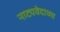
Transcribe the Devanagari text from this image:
नाट्यवेदाच्या